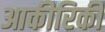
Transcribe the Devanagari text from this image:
आकीरिकी